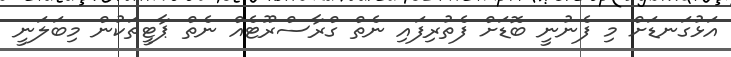
އަޅުގަނޑަށް މި ފެނުނީ ބޮޑަށް ފެތުރިފައި ނެތް ގްރާސްރޫޓެއް ނެތް ޕާޓީތަކުން މިބަލަނީ